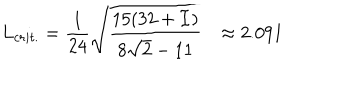
L _ { c r i t . } = \frac { 1 } { 2 4 } \sqrt { \frac { 1 5 ( 3 2 + { \cal I } ) } { 8 \sqrt { 2 } - 1 1 } } \approx 2 . 0 9 1